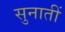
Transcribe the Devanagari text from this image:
सुनातीं